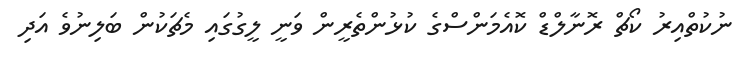
ނުކުތްއިރު ކޯޗް ރޮނާލްޑް ކޮއެމަންސްގެ ކުޅުންތެރީން ވަނީ ލީގުގައި މެޗަކުން ބަލިނުވެ އަދި